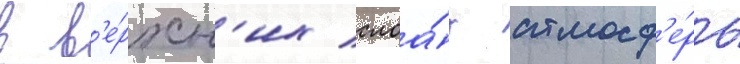
в в'е́рхн'их слоа́х атмосф'е́ры